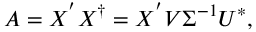
\boldsymbol { A } = \boldsymbol { X } ^ { ' } \boldsymbol { X } ^ { \dag } = \boldsymbol { X } ^ { ' } \boldsymbol { V } \boldsymbol { \Sigma } ^ { - 1 } \boldsymbol { U } ^ { * } ,